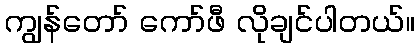
ကျွန်တော် ကော်ဖီ လိုချင်ပါတယ်။